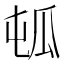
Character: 㼊